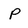
Character: p